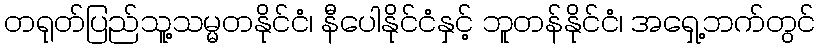
တရုတ်ပြည်သူ့သမ္မတနိုင်ငံ၊ နီပေါနိုင်ငံနှင့် ဘူတန်နိုင်ငံ၊ အရှေ့ဘက်တွင်